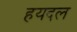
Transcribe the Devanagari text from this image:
हयदल